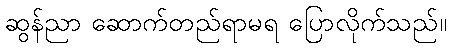
ဆွန်ညာ ဆောက်တည်ရာမရ ပြောလိုက်သည်။